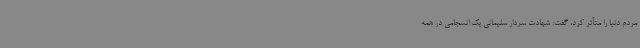
مردم دنیا را متأثر کرد، گفت: شهادت سردار سلیمانی یک انسجامی در همه